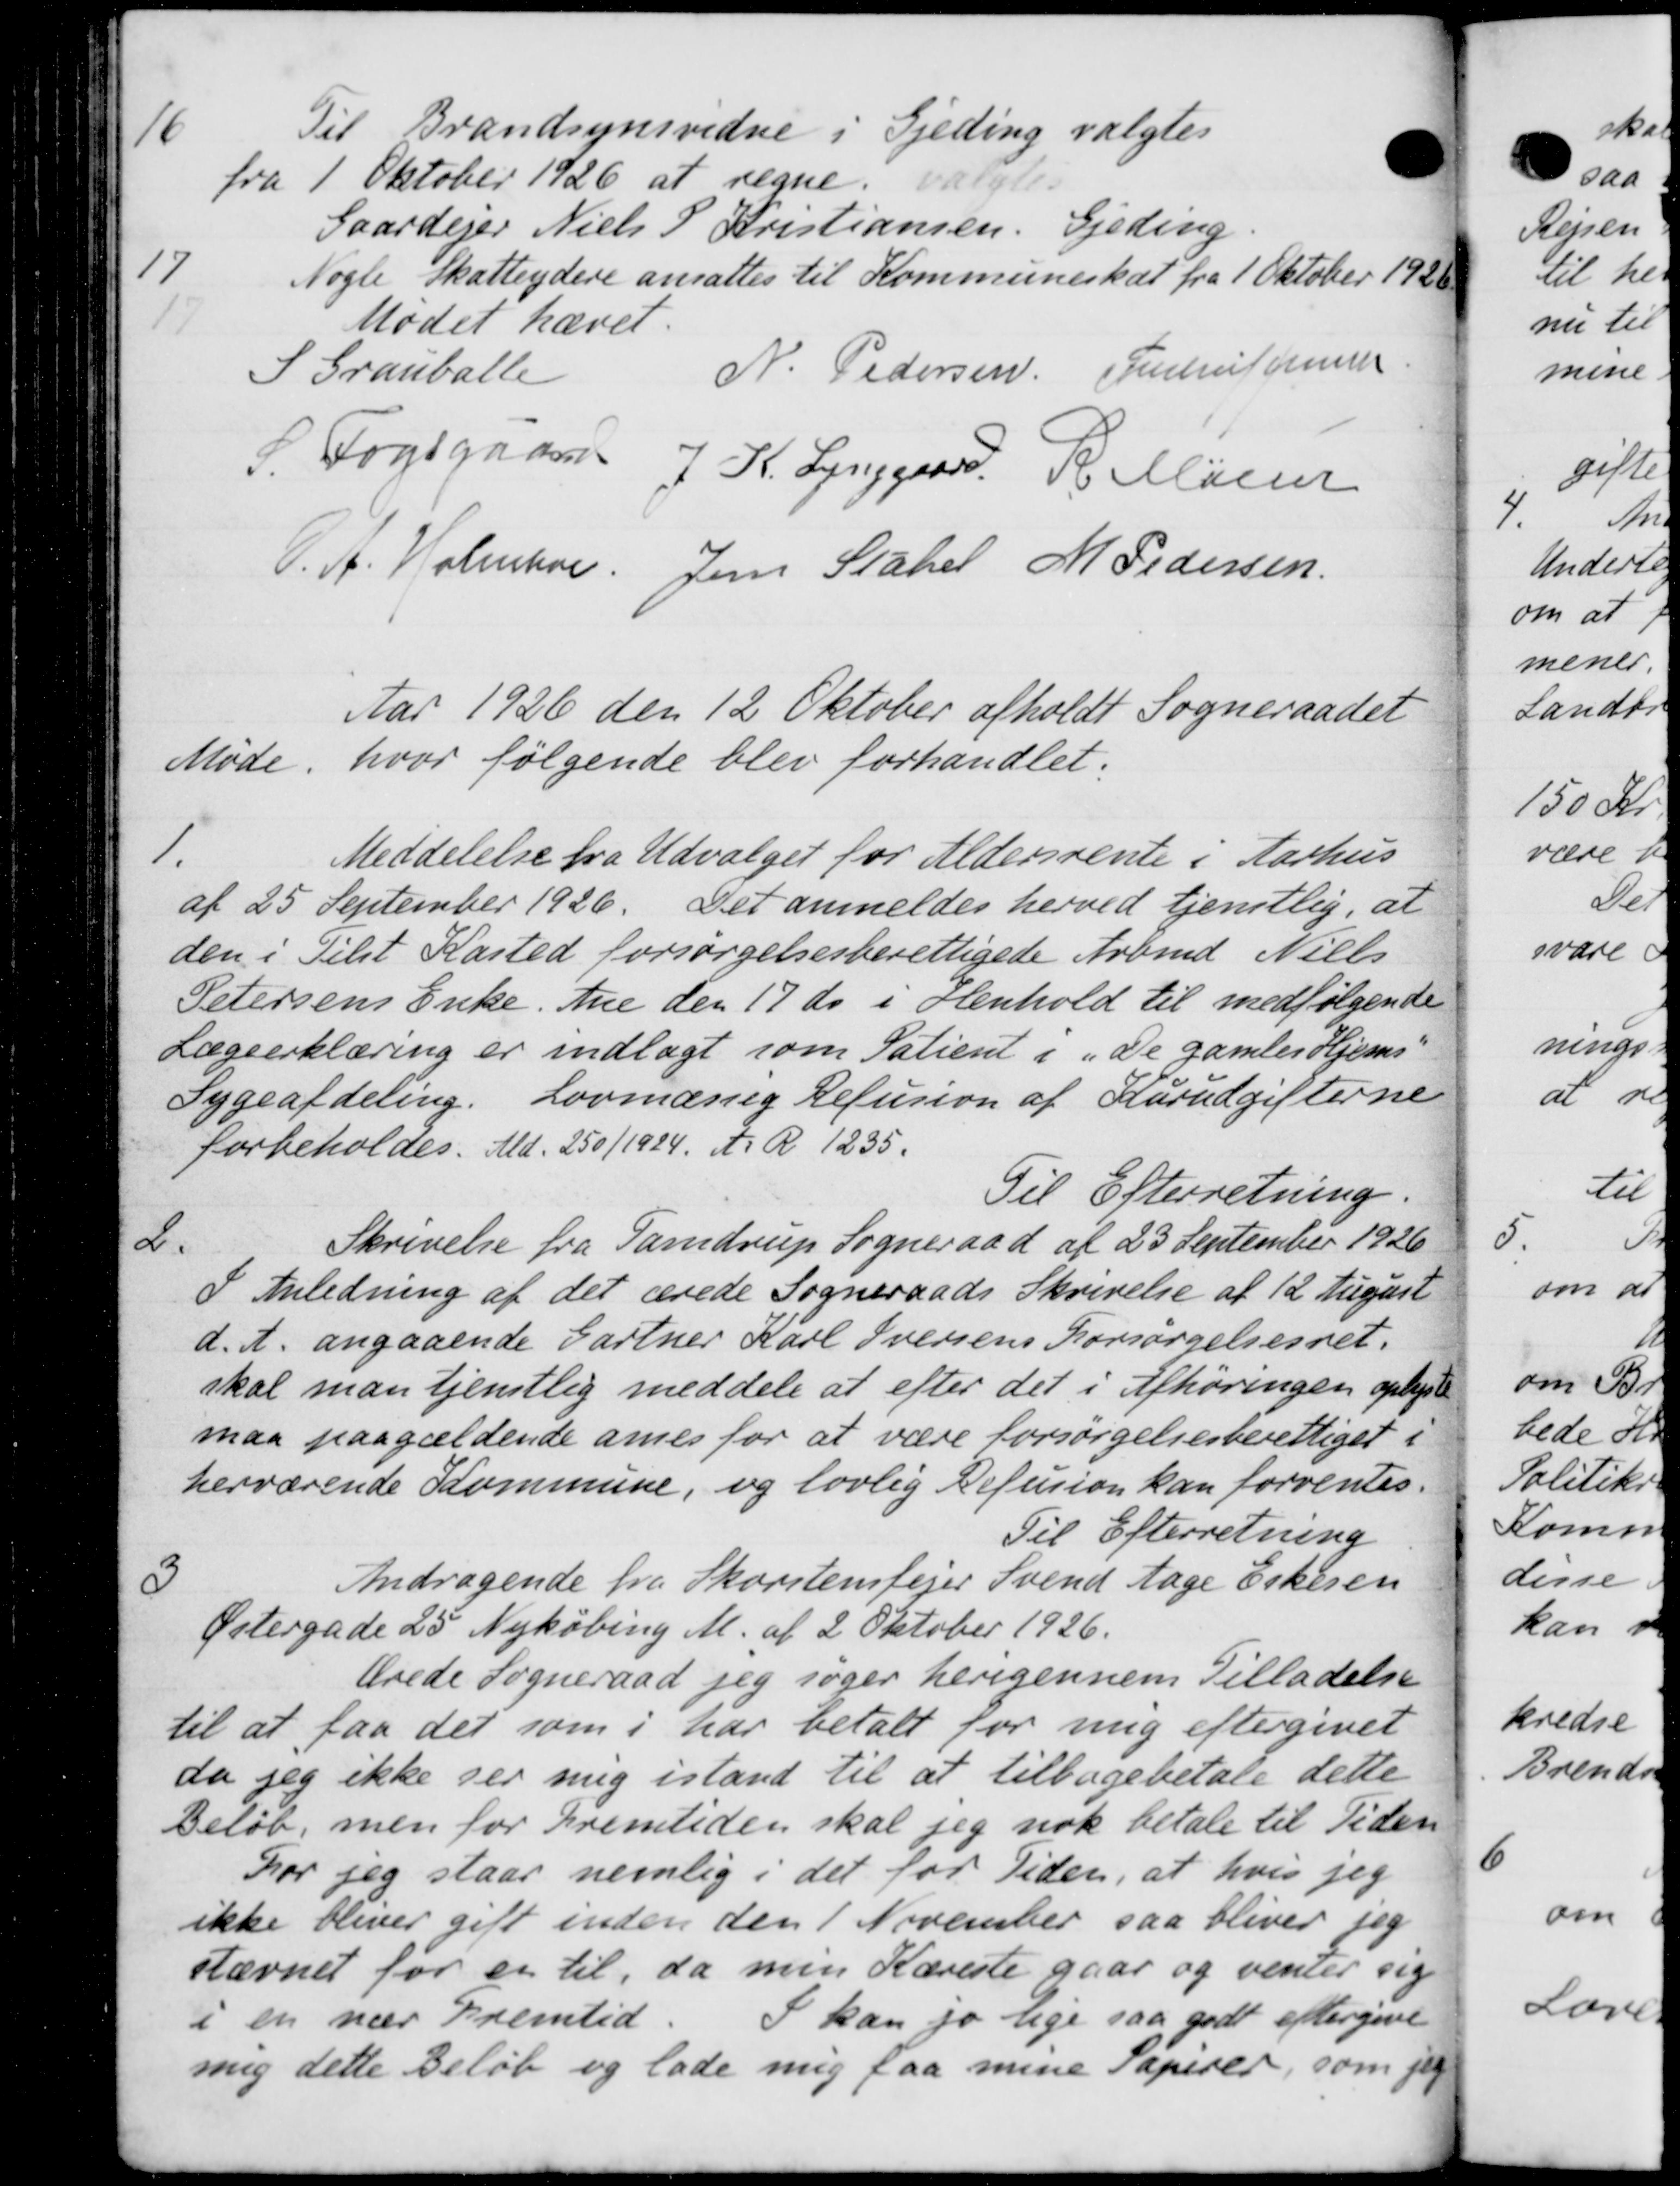
Transskription:
Til Brandsynsvidne i Gjeding valgtes
fra 1 Oktober 1926 at regne valgtes
Gaardejer Niels P Kristiansen, Gjeding

Nogle Skatteydere ansattes til Kommuneskat fra 1 Oktober 1920
Mødet hævet.
S Grauballe
N. Pedersen Justrup Jensen
P. Fogsgaard J K. Lynggaard R Malen
P. A. Holmber Jens Stahel M Pedersen
Aar 1926 den 12 Oktober afholdt Sogneraadet
Møde, hvor følgende blev forhandlet.
1.
Meddelelse fra Udvalget for Aldersrente i Aarhus
af 25 September 1926. Det anmeldes herved tjenstlig, at
den i Tilst Kasted forsørgelsesberettigede Arbmd Niels
Petersens Enke Ane den 17 ds. i Henhold til medfølgende
Lægeerklæring er indlagt som Patient i "De gamles Hjems-
Sygeafdeling. Lovmæssig Refusion af Karudgifterne
forbeholdes. Md. 250/1924. A. R. 1235.
Til Efterretning.
2.
Skrivelse fra Samdrup Sogneraad af 23 September 1926
I Anledning af det ærede Sogneraads Skrivelse af 12 August
d. A. angaaende Gartner Karl Iversens Forsørgelsesret.
skal man tjenstlig meddele at efter det i Afhøringen oplyst
maa paagældende ames for at være forsørgelsesberettiget i
herværende Kommune, og lovlig Refusion kan forventes.
Til Efterretning
3
Andragende fra Skorstensfejer Svend tage Eskeren
Østergade 25 Nykøbing M. af 2 Oktober 1926.
lrede Sogneraad jeg søger herigennem Tilladelse
til at faa det som i har betalt for mig eftergivet
da jeg ikke ser mig istand til at tilbagebetale dette
Beløb, men for Fremtiden skal jeg nok betale til Tiden
hor jeg staar nemlig i det for Tiden, at hvis jeg
ikke bliver gift inden den 1 November saa bliver jeg
stævnet for en til, da min Kæreste gaar og venter sig
i en nær Fremtid. I kan jo lige saa godt eftergive
mig dette Beløb og lade mig faa mine Papirer, som for